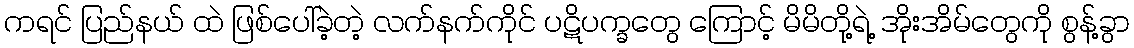
ကရင် ပြည်နယ် ထဲ ဖြစ်ပေါ်ခဲ့တဲ့ လက်နက်ကိုင် ပဋိပက္ခတွေ ကြောင့် မိမိတို့ရဲ့ အိုးအိမ်တွေကို စွန့်ခွာ